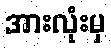
အားလုံးမှ